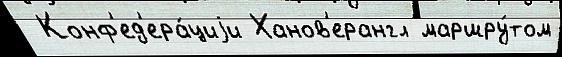
 Конф'ед'ера́циjи Ханов'ерангл маршру́том